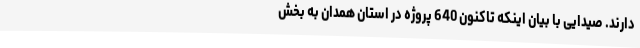
دارند. صیدایی با بیان اینکه تاکنون 640 پروژه در استان همدان به بخش